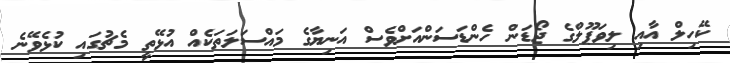
ކޭހިލް އާއި ލިވަޕޫލްގެ ޖޯޑަން ހެންޑަސަންއަށްވެސް އަނިޔާގެ މައްސަލަތަކެއް އުޅޭތީ މެޗުގައި ކުޅެވޭނެ